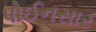
પોઈનસાર